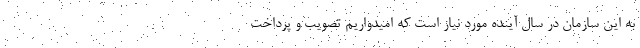
به این سازمان در سال آینده مورد نیاز است که امیدواریم تصویب و پرداخت